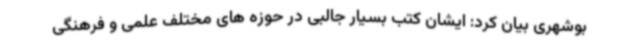
بوشهری بیان کرد: ایشان کتب بسیار جالبی در حوزه های مختلف علمی و فرهنگی